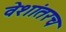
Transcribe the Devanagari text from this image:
वेशांतरच